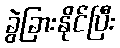
ခွဲခြားနိုင်ပြီး